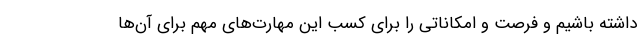
داشته باشیم و فرصت و امکاناتی را برای کسب این مهارت‌های مهم برای آن‌ها